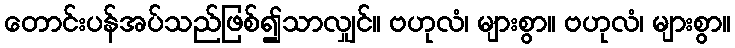
တောင်းပန်အပ်သည်ဖြစ်၍သာလျှင်။ ဗဟုလံ၊ များစွာ။ ဗဟုလံ၊ များစွာ။